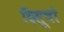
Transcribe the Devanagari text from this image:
दिसूचो